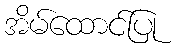
အိမ်ထောင်ပြု